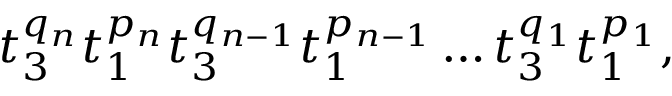
t _ { 3 } ^ { q _ { n } } t _ { 1 } ^ { p _ { n } } t _ { 3 } ^ { q _ { n - 1 } } t _ { 1 } ^ { p _ { n - 1 } } \ldots t _ { 3 } ^ { q _ { 1 } } t _ { 1 } ^ { p _ { 1 } } ,